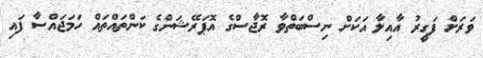
ވަރަށް ފަގީރު އާއިލާ އަކަށް ނިސްބަތްވާ ރޮޖާސްގެ އޮޕަރޭޝަންގެ ކަންތައްތައް ހަމަޖައްސާ ފައި